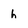
Character: h